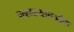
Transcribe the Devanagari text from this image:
पन्हाळ्यानजीक